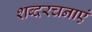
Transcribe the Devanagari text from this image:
शब्दरचनाएं